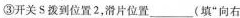
③开关S拨到位置2，滑片位置__(填”向右